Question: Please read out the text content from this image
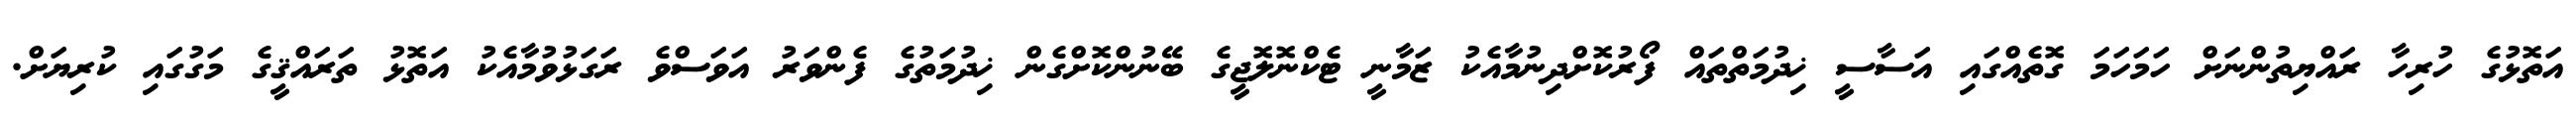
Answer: އަތޮޅުގެ ހުރިހާ ރައްޔިތުންނަށް ހަމަހަމަ ގޮތެއްގައި އަސާސީ ޚިދުމަތްތައް ފޯރުކޮށްދިނުމާއެކު ޒަމާނީ ޓެކްނޮލޮޖީގެ ބޭނުންކޮށްގެން ޚިދުމަތުގެ ފެންވަރު އަވަސްވެ ރަގަޅުވުމާއެކު އަތޮޅު ތަރައްޤީގެ މަގުގައި ކުރިޔަށް.